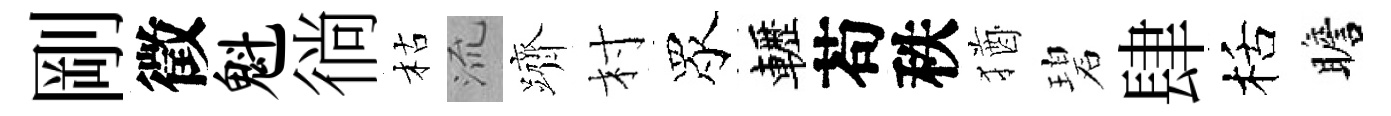
剛徵魁徜枯𣴑躋村眾轣苟秩猶碧肆栝瞻